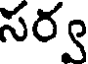
సర్వ